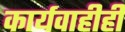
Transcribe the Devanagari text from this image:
कार्यवाहीही